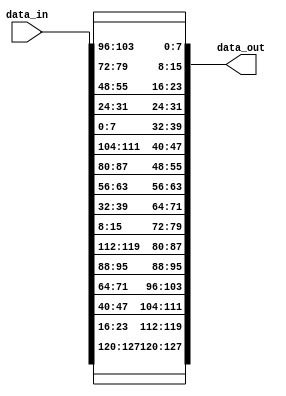
module inv_shift_rows(
  input [0:127] data_in,
  output reg [0:127] data_out
);
always @*
begin

data_out[0:7] = data_in[0:7];
data_out[8:15] = data_in[104:111];
data_out[16:23] = data_in[80:87];
data_out[24:31] = data_in[56:63];

data_out[32:39] = data_in[32:39];
data_out[40:47] = data_in[8:15];
data_out[48:55] = data_in[112:119];
data_out[56:63] = data_in[88:95];

data_out[64:71] = data_in[64:71];
data_out[72:79] = data_in[40:47];
data_out[80:87] = data_in[16:23];
data_out[88:95] = data_in[120:127];

data_out[96:103] = data_in[96:103];
data_out[104:111] = data_in[72:79];
data_out[112:119] = data_in[48:55];
data_out[120:127] = data_in[24:31];
end
endmodule